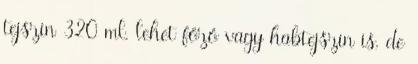
tejszín 320 ml, lehet főző vagy habtejszín is, de